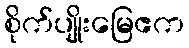
စိုက်ပျိုးမြေဧက